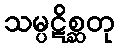
သမ္ပဋိစ္ဆတု